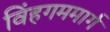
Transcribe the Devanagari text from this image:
विंहगममार्ग